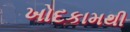
ખોદકામથી